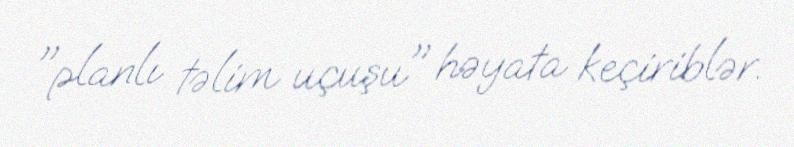
"planlı təlim uçuşu" həyata keçiriblər.